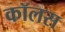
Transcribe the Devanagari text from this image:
कॉलस